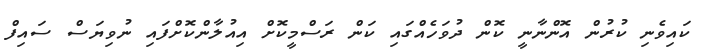
ކައިވެނި ކުރުން އޮންނާނީ ކޮން ދުވަހެއްގައި ކަން ރަސްމީކޮށް އިއުލާންކޮށްފައި ނުވިޔަސް ސައިފް